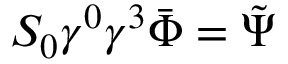
S _ { 0 } \gamma ^ { 0 } \gamma ^ { 3 } \bar { \Phi } = \tilde { \Psi }